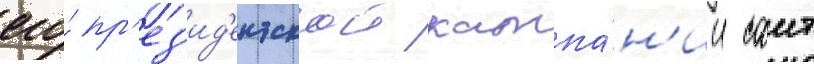
его́ пр'ез'ид'ентскои кампа́н'ии саит